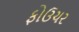
ફોઉચર